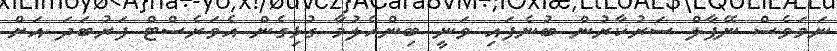
ނަމަވެސް ނޭޕާލް ސަރުކާރުން ބުނެފައި ވަނީ ބިންހެލުމާ ގުޅިގެން އެވަރެސްޓް ފަރުބަދަ އަށް